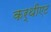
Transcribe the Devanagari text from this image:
कर्थीएट